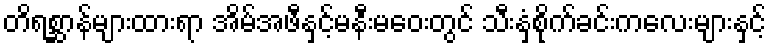
တိရစ္ဆာန်များထားရာ အိမ်အဖီနှင့်မနီးမဝေးတွင် သီးနှံစိုက်ခင်းကလေးများနှင့်